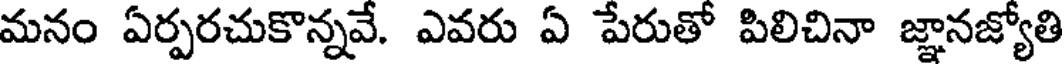
మనం ఏర్పరచుకొన్నవే. ఎవరు ఏ పేరుతో పిలిచినా జ్ఞానజ్యోతి